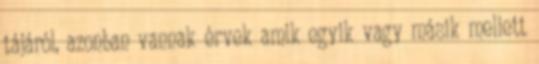
tájáról, azonban vannak érvek amik egyik vagy másik mellett